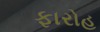
ફારોહ